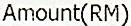
AMOUNT(RM)